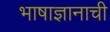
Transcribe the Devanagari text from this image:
भाषाज्ञानाची